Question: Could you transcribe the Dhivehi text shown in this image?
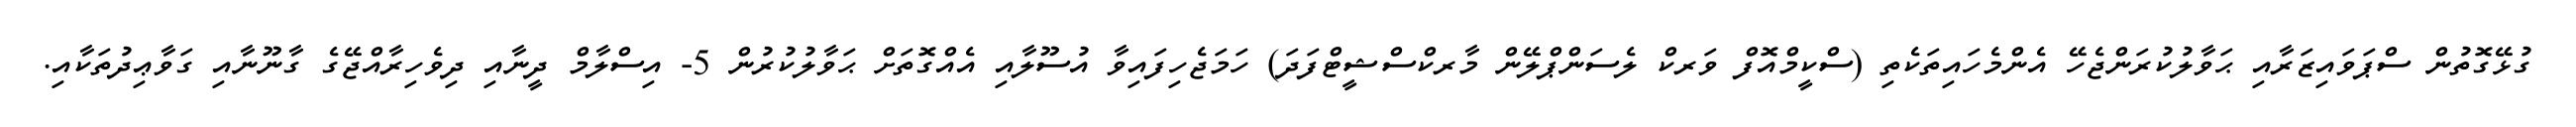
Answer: ގުޅޭގޮތުން ސްޕަވައިޒަރާއި ޙަވާލުކުރަންޖެހޭ އެންމެހައިތަކެތި (ސްކީމްއޮފް ވަރކް ލެސަންޕްލޭން މާރކްސްޝީޓްފަދަ) ހަމަޖެހިފައިވާ އުސޫލާއި އެއްގޮތަށް ޙަވާލުކުރުން 5- އިސްލާމް ދީނާއި ދިވެހިރާއްޖޭގެ ގާނޫނާއި ގަވާޢިދުތަކާއި.